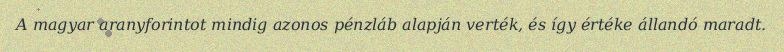
A magyar aranyforintot mindig azonos pénzláb alapján verték, és így értéke állandó maradt.